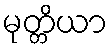
မုတ္တိယာ